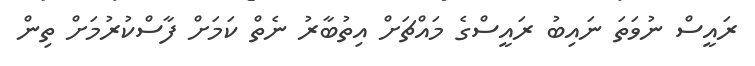
ރައީސް ނުވަތަ ނައިބު ރައީސްގެ މައްޗަށް އިތުބާރު ނެތް ކަމަށް ފާސްކުރުމަށް ތިން